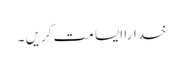
خدارا ایسا مت کریں ۔